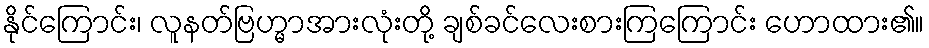
နိုင်ကြောင်း၊ လူနတ်ဗြဟ္မာအားလုံးတို့ ချစ်ခင်လေးစားကြကြောင်း ဟောထား၏။